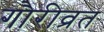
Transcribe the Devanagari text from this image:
गौरीव्रत